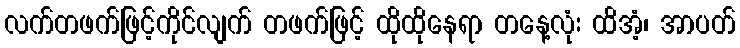
လက်တဖက်ဖြင့်ကိုင်လျက် တဖက်ဖြင့် ထိုထိုနေရာ တနေ့လုံး ထိအံ့၊ အာပတ်